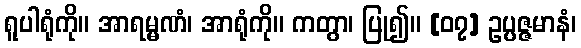
ရူပါရုံကို။ အာရမ္မဏံ၊ အာရုံကို။ ကတွာ၊ ပြု၍။ [၀၇] ဥပ္ပဇ္ဇမာနံ၊